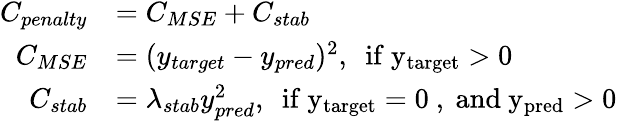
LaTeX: \begin{array}{rl}{C_{penalty}}&{=C_{MSE}+C_{stab}}\\ {C_{MSE}}&{=(y_{target}-y_{pred})^{2},~~\mathrm{if~y_{target}>0~}}\\ {C_{stab}}&{=\lambda_{stab}y_{pred}^{2},~~\mathrm{if~y_{target}=0~,~and~y_{pred}>0~}}\end{array}